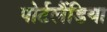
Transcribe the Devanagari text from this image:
पोर्टलैंडिया